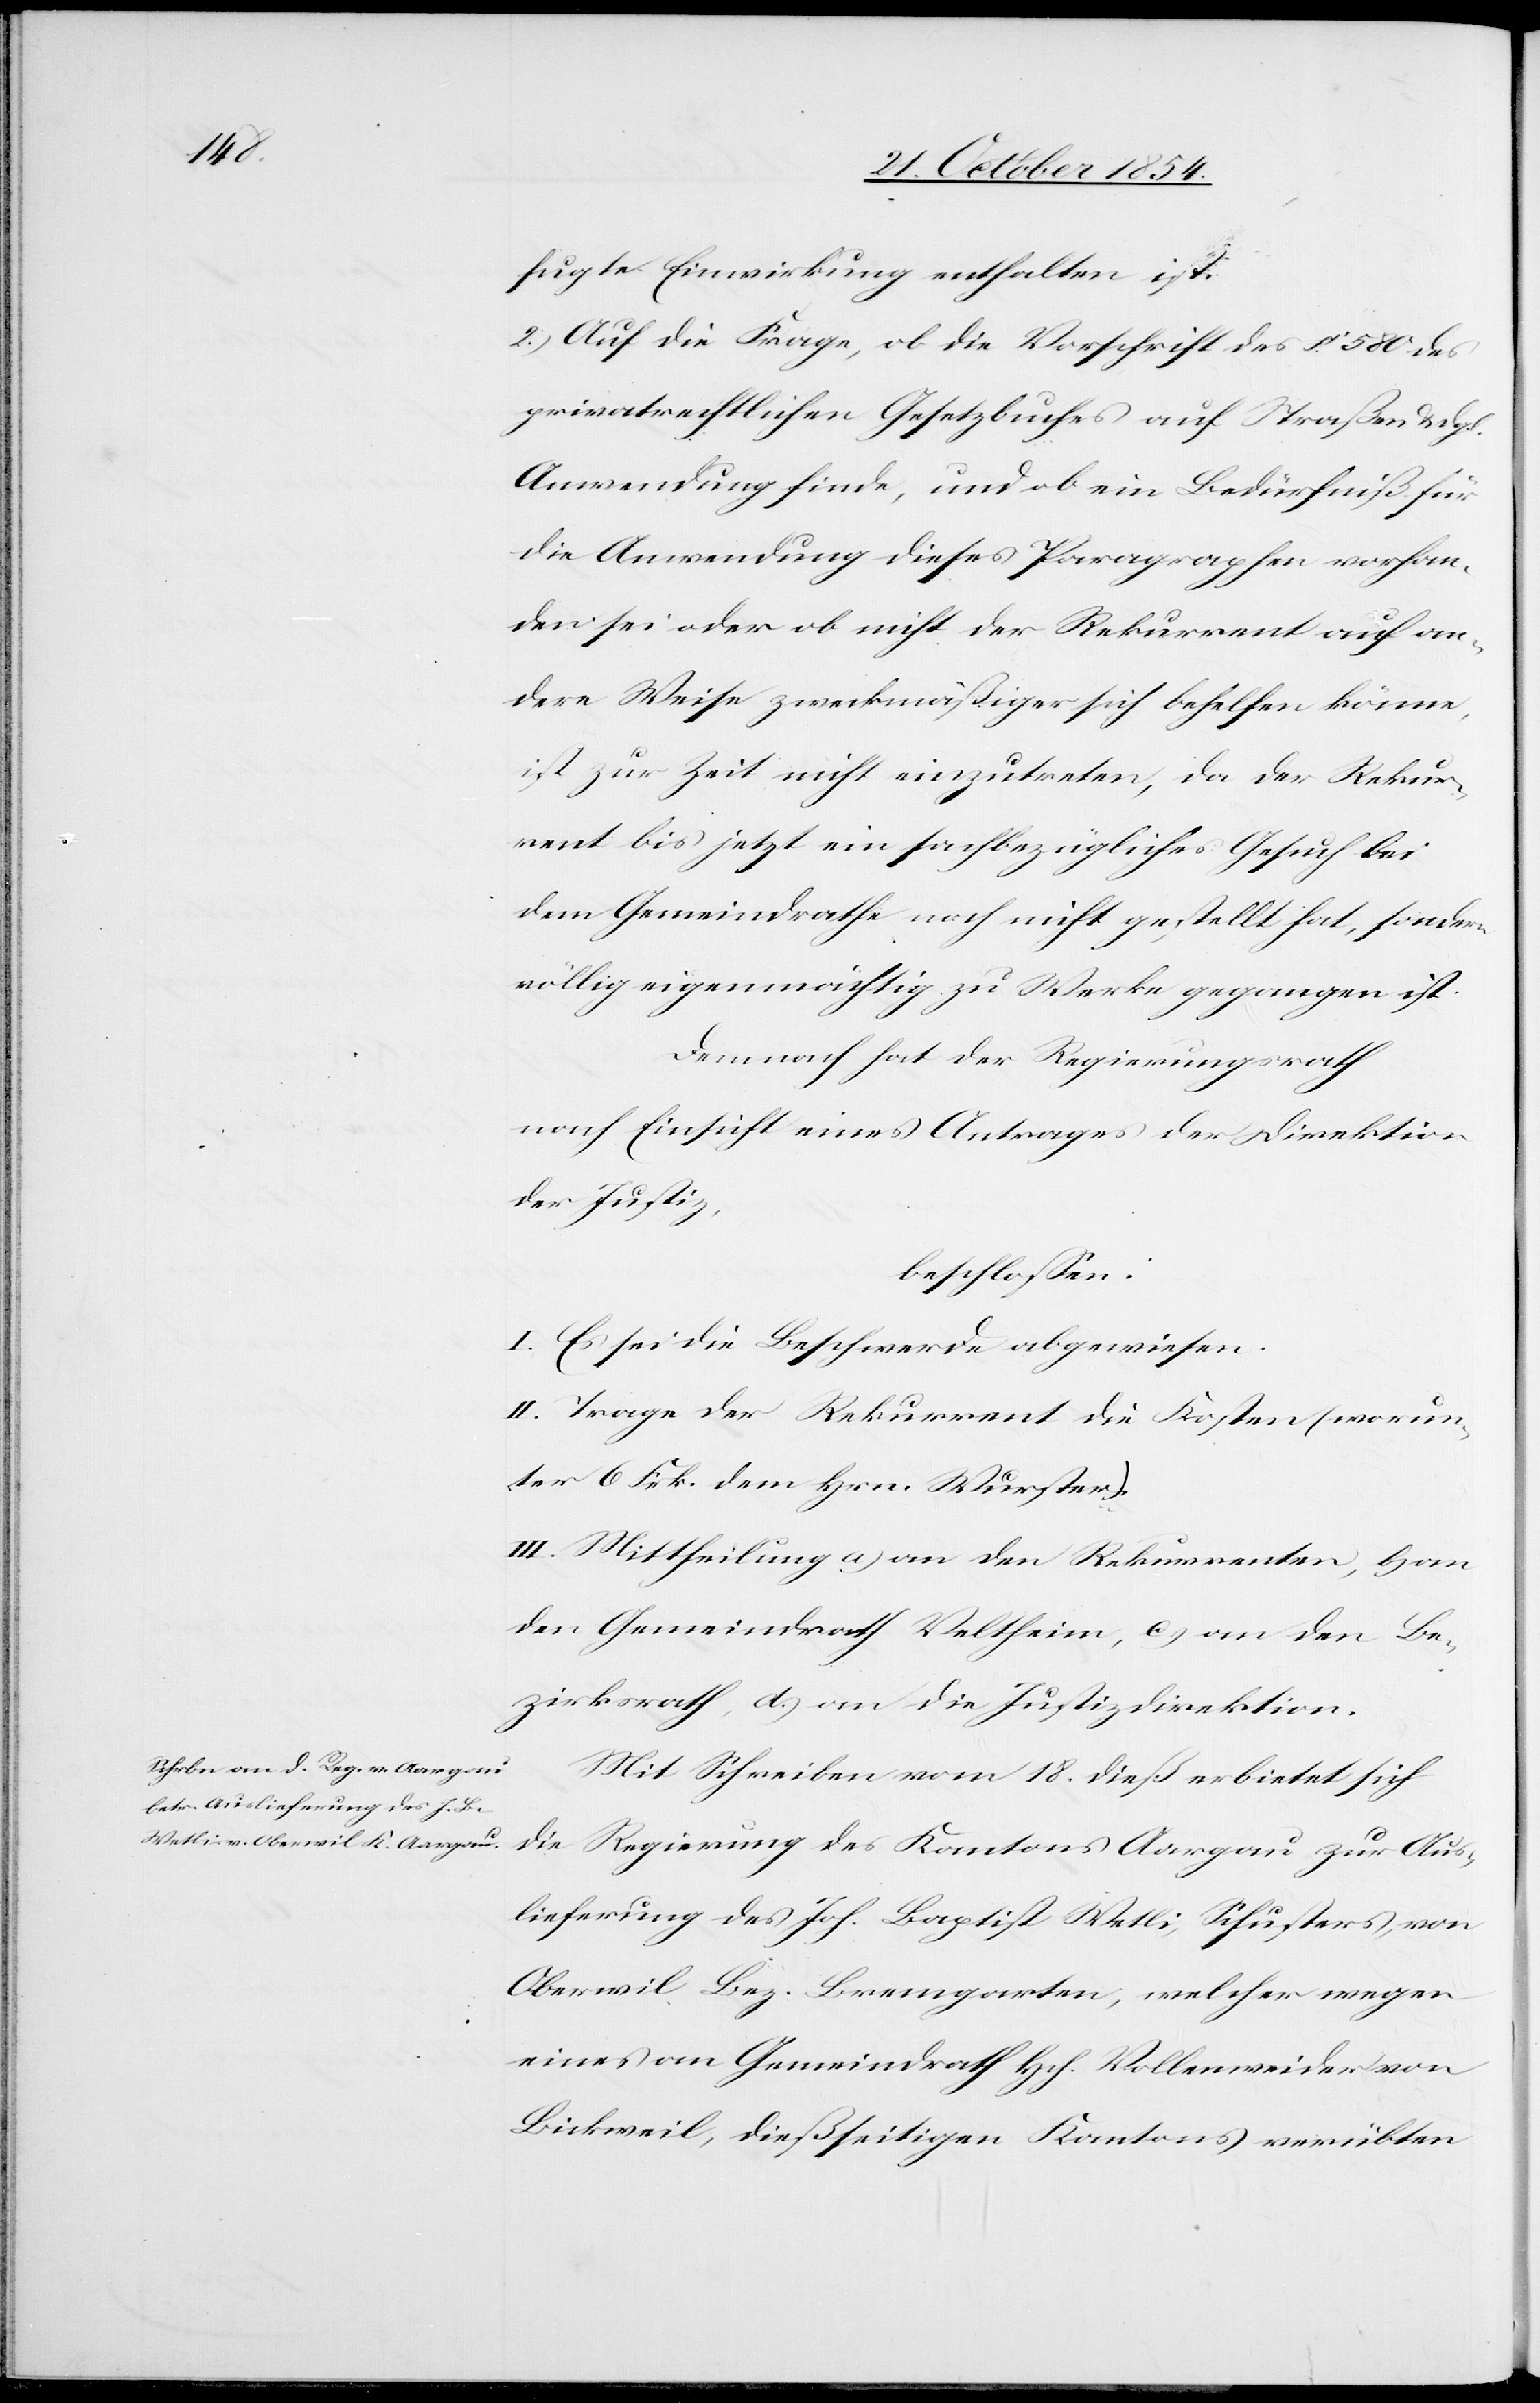
fugte Einwirkung enthalten ist.
2.) Auf die Frage, ob die Vorschrift des § 580 des
privatrechtlichen Gesetzbuches auf Straßen u. dgl.
Anwendung finde, und ob ein Bedürfniß für
die Anwendung dieses Paragraphen vorhan¬
den sei oder ob nicht der Rekurrent auf an¬
dere Weise zweckmäßiger sich behelfen könne,
ist zur Zeit nicht einzutreten, da der Rekur¬
rent bis jetzt ein sachbezügliches Gesuch bei
dem Gemeindrathe noch nicht gestellt hat, sondern
völlig eigenmächtig zu Werke gegangen ist.
Demnach hat der Regierungsrath
nach Einsicht eines Antrages der Direktion
der Justiz,
beschloßen:
I. Es sei die Beschwerde abgewiesen.
II. Trage der Rekurrent die Kosten (worun¬
ter 6 Frk. dem Hrn. Wurster).
III. Mittheilung a) an den Rekurrenten, b) an
den Gemeindrath Veltheim, c) an den Be¬
zirksrath, d.) an die Justizdirektion.
Mit Schreiben vom 18. dieß erbietet sich
die Regierung des Kantons Aargau zur Aus¬
lieferung des Joh. Baptist Wetli, Schuster, von
Oberwil Bez. Bremgarten, welcher wegen
eines an Gemeindrath Hch. Vollenweider von
Bickweil, dießseitigen Kantons verübten